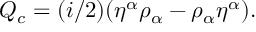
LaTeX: Q _ { c } = ( i / 2 ) ( { \eta } ^ { \alpha } { \rho } _ { \alpha } - { \rho } _ { \alpha } { \eta } ^ { \alpha } ) .